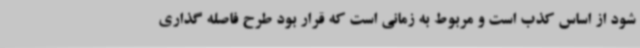
شود از اساس کذب است و مربوط به زمانی است که قرار بود طرح فاصله گذاری